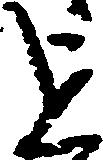
を